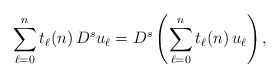
\begin{align*}\sum_{\ell=0}^n t_\ell(n)\,D^s u_\ell=D^s\left(\sum_{\ell=0}^n t_\ell(n)\,u_\ell\right),\end{align*}